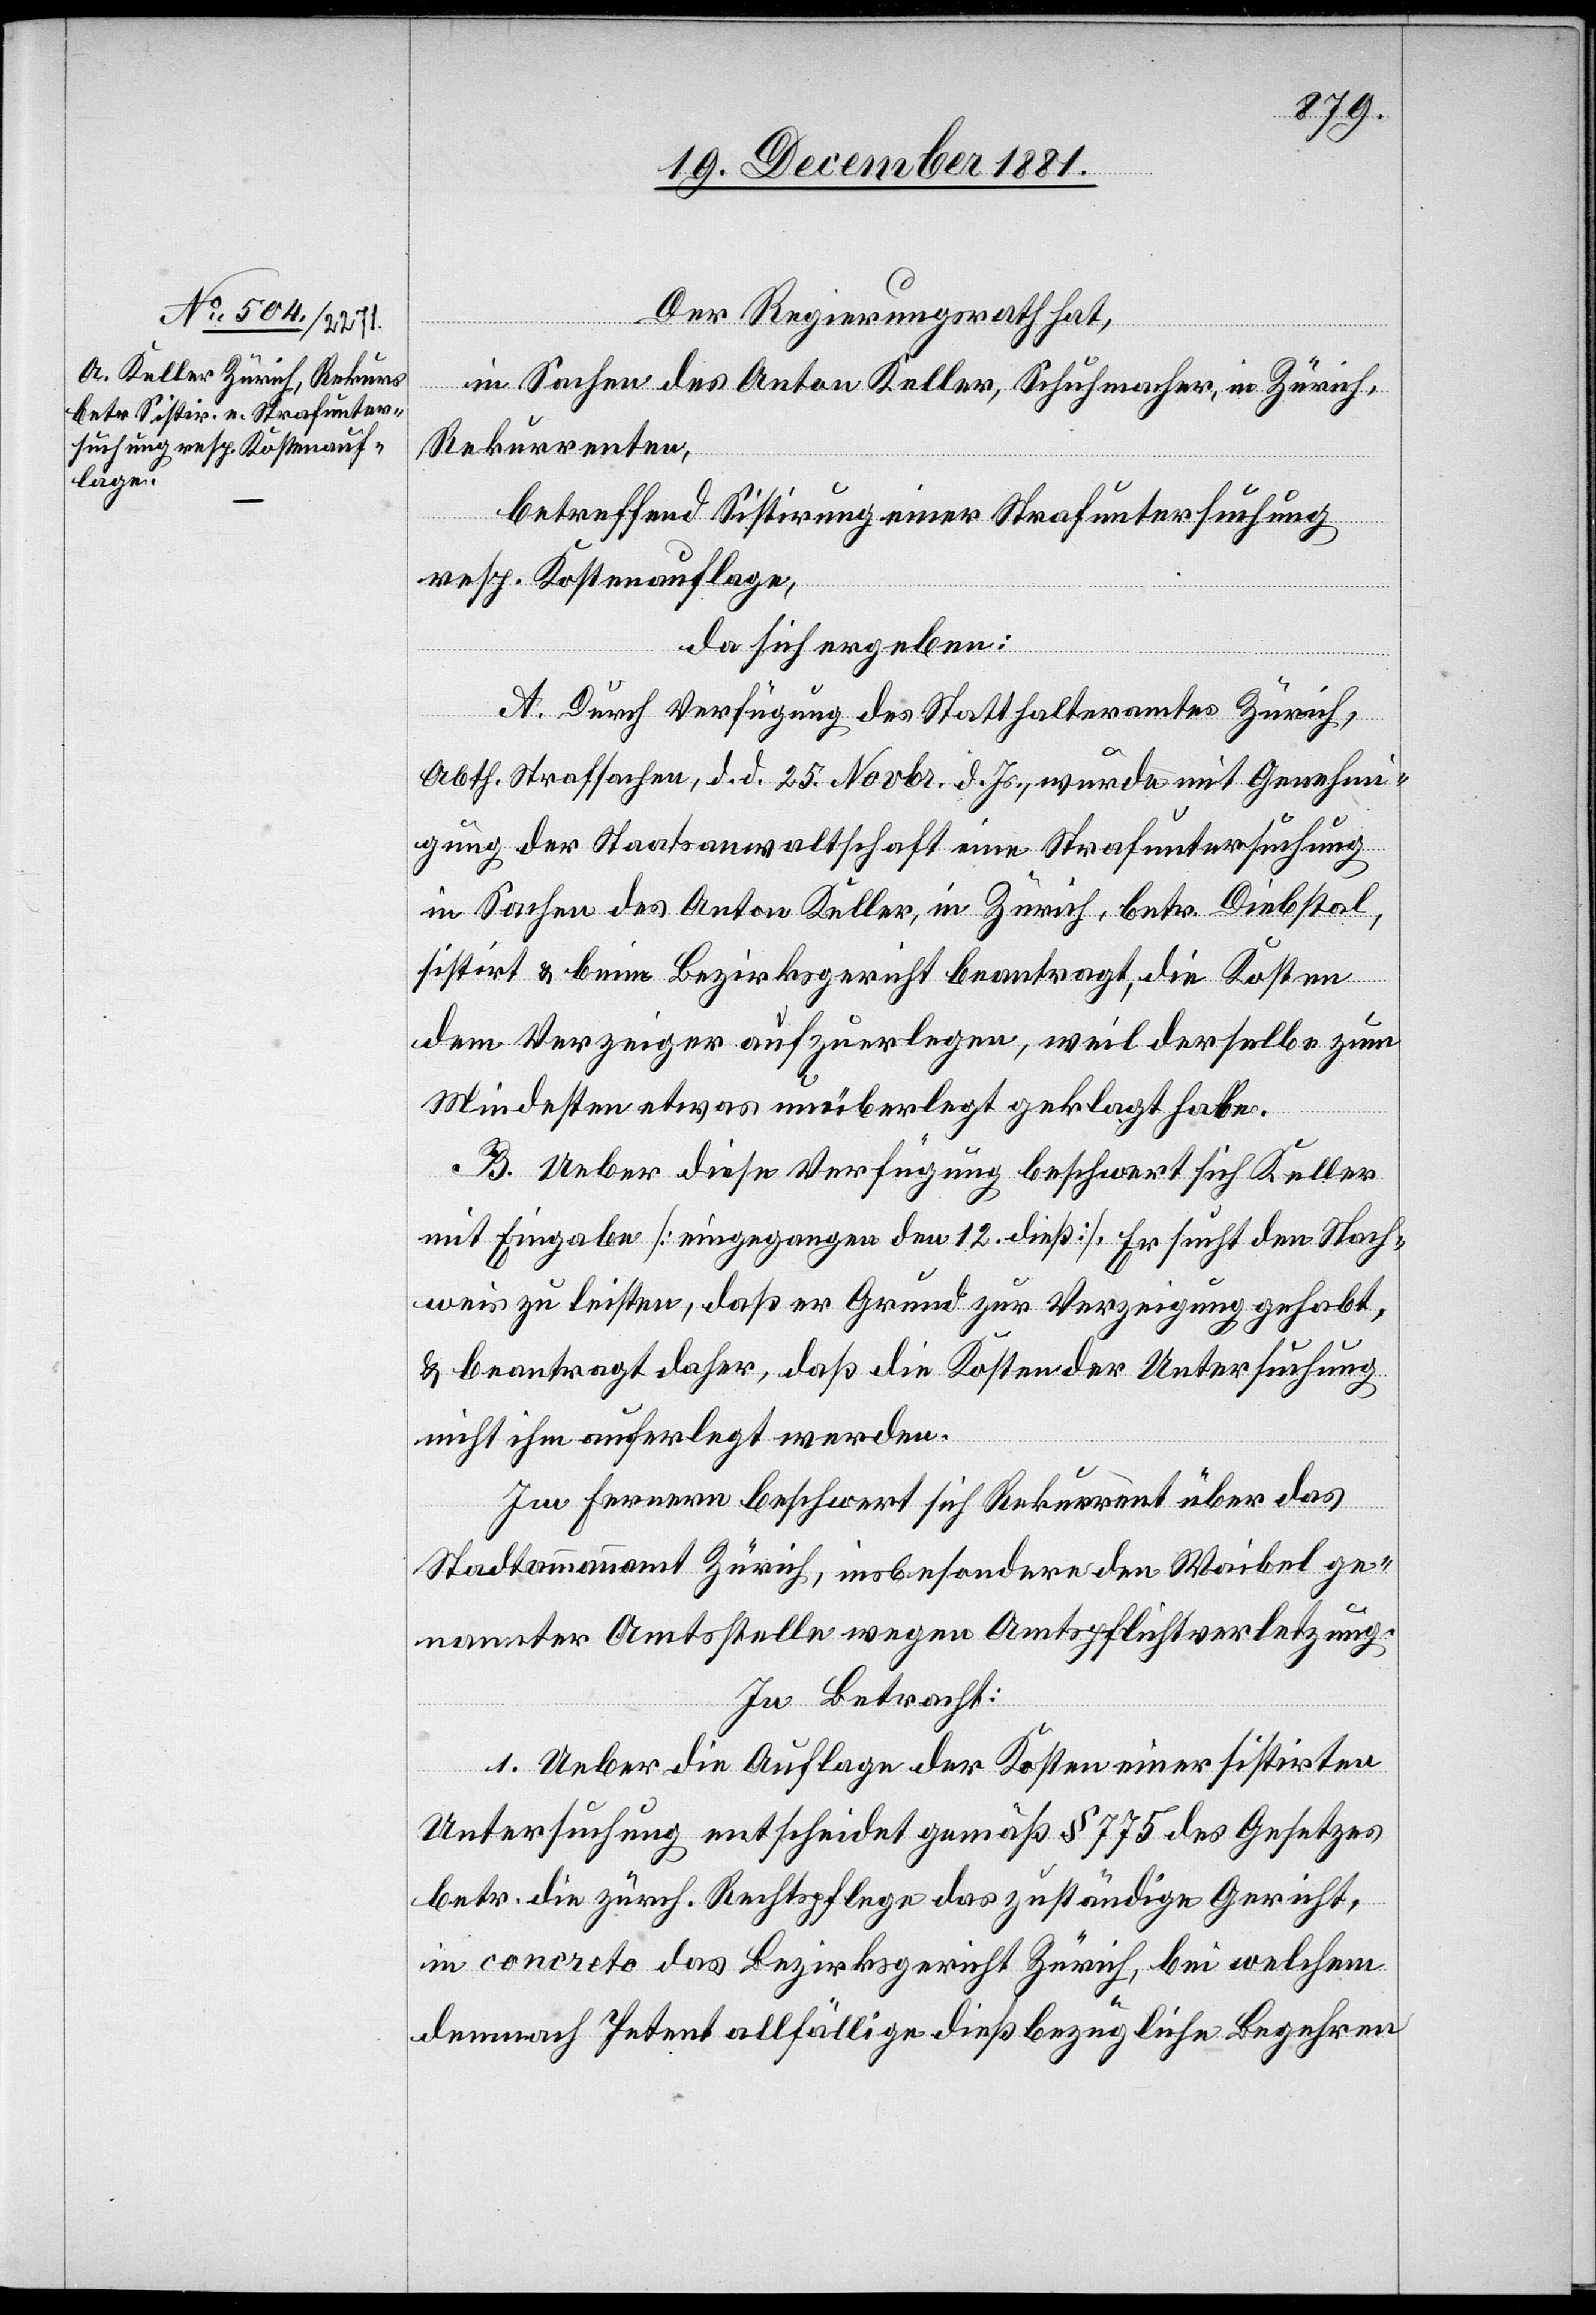
Der Regierungsrath hat,
in Sachen des Anton Keller, Schuhmacher, in Zürich,
Rekurrenten,
betreffend Sistirung einer Strafuntersuchung
resp. Kostenauflage,
da sich ergeben:
A. Durch Verfügung des Statthalteramtes Zürich,
Abth. Strafsachen, d. d. 25. Novbr. d. Js., wurde mit Genehmi¬
gung der Staatsanwaltschaft eine Strafuntersuchung
in Sachen des Anton Keller, in Zürich, betr. Diebstal,
sistirt & beim Bezirksgericht beantragt, die Kosten
dem Verzeiger aufzuerlegen, weil derselbe zum
Mindesten etwas unüberlegt geklagt habe.
B. Ueber diese Verfügung beschwert sich Keller
mit Eingabe [eingegangen den 12. dieß]. Er sucht den Nach¬
weis zu leisten, daß er Grund zur Verzeigung gehabt,
& beantragt daher, daß die Kosten der Untersuchung
nicht ihm auferlegt werden.
Im Fernern beschwert sich Rekurrent über das
Stadtammannamt Zürich, insbesondere den Waibel ge¬
nannter Amtsstelle wegen Amtspflichtverletzung.
In Betracht:
1. Ueber die Auflage der Kosten einer sistirten
Untersuchung entscheidet gemäß § 775 des Gesetzes
betr. die zürch. Rechtspflege das zuständige Gericht,
in concreto das Bezirksgericht Zürich, bei welchem
demnach Petent allfällige dießbezügliche Begehren